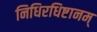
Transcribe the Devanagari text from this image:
निधिरधिष्टानम्